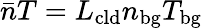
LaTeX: \bar{n}T=L_{\mathrm{cld}}n_{\mathrm{bg}}T_{\mathrm{bg}}